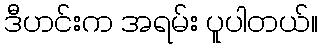
ဒီဟင်းက အရမ်း ပူပါတယ်။